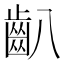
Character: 𪗔